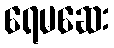
ရေမဆေး